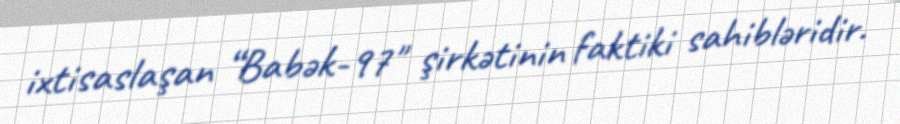
ixtisaslaşan “Babək-97" şirkətinin faktiki sahibləridir.